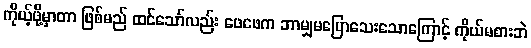
ကိုယ့်ဖို့မှာတာ ဖြစ်မည် ထင်သော်လည်း ဖေဖေက ဘာမျှမပြောသေးသောကြောင့် ကိုယ်မစားဘဲ